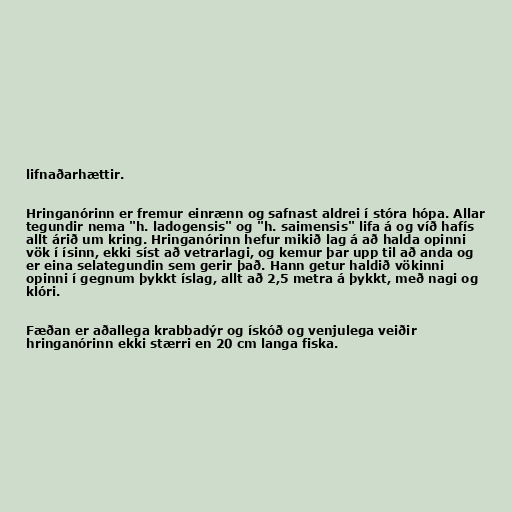
lifnaðarhættir.

Hringanórinn er fremur einrænn og safnast aldrei í stóra hópa. Allar
tegundir nema "h. ladogensis" og "h. saimensis" lifa á og víð hafís
allt árið um kring. Hringanórinn hefur mikið lag á að halda opinni
vök í ísinn, ekki síst að vetrarlagi, og kemur þar upp til að anda og
er eina selategundin sem gerir það. Hann getur haldið vökinni
opinni í gegnum þykkt íslag, allt að 2,5 metra á þykkt, með nagi og
klóri.

Fæðan er aðallega krabbadýr og ískóð og venjulega veiðir
hringanórinn ekki stærri en 20 cm langa fiska.